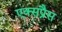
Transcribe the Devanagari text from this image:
एक्‍सप्रैस